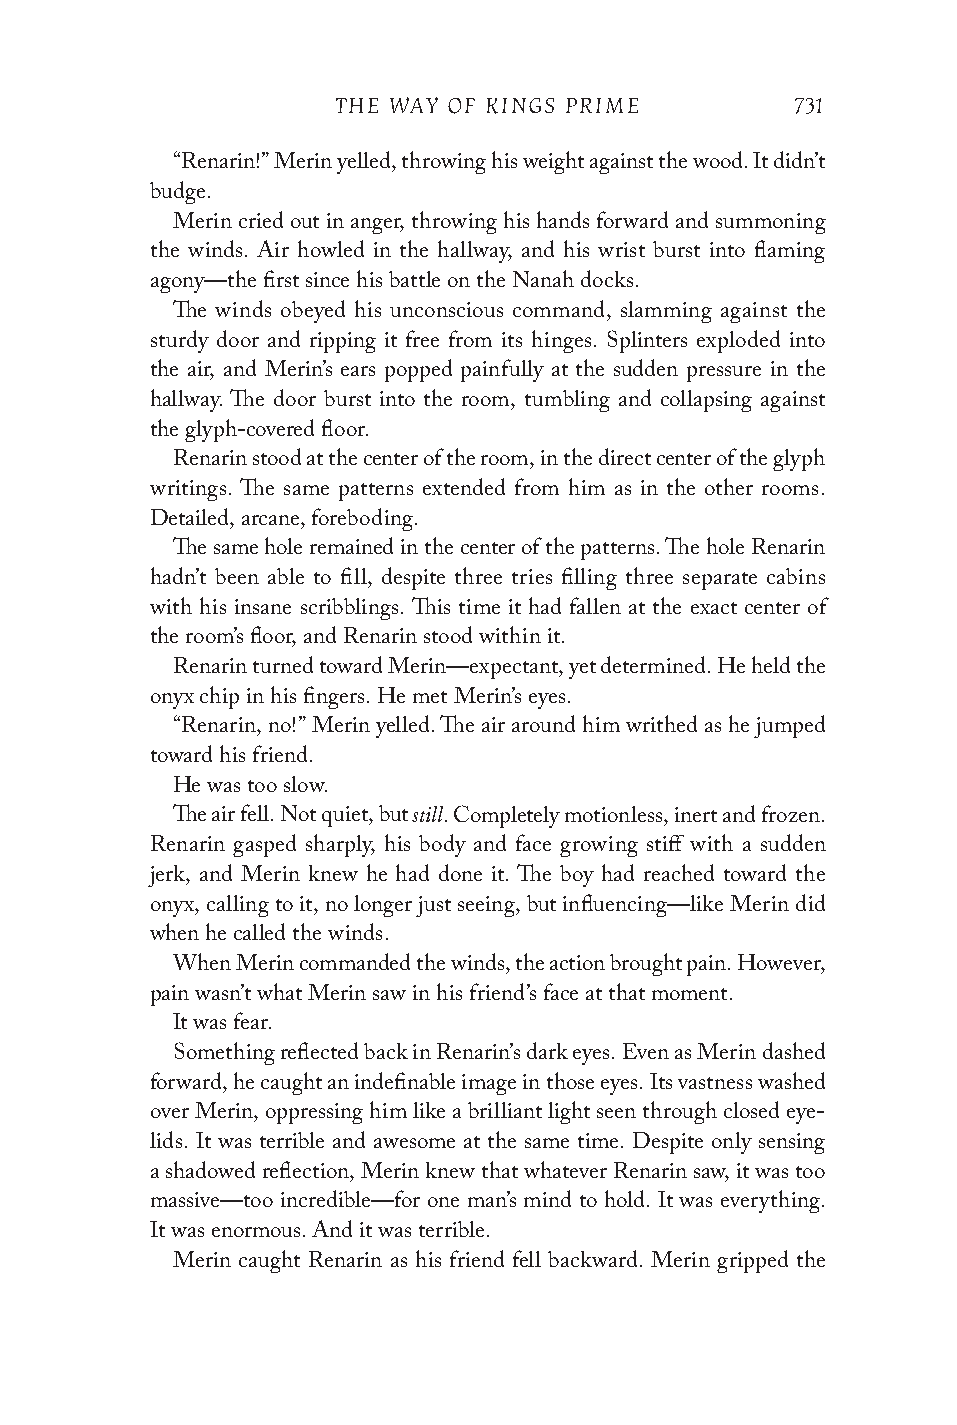
THE WAY OF KINGS PRIME         731
 “Renarin!” Merin yelled, throwing his weight against the wood. It didn’t
 budge.
 Merin cried out in anger, throwing his hands forward and summoning
 the winds. Air howled in the hallway, and his wrist burst into flaming
 agony—the first since his battle on the Nanah docks.
 The winds obeyed his unconscious command, slamming against the
 sturdy door and ripping it free from its hinges. Splinters exploded into
 the air, and Merin’s ears popped painfully at the sudden pressure in the
 hallway. The door burst into the room, tumbling and collapsing against
 the glyph-covered floor.
 Renarin stood at the center of the room, in the direct center of the glyph
 writings. The same patterns extended from him as in the other rooms.
 Detailed, arcane, foreboding.
 The same hole remained in the center of the patterns. The hole Renarin
 hadn’t been able to fill, despite three tries filling three separate cabins
 with his insane scribblings. This time it had fallen at the exact center of
 the room’s floor, and Renarin stood within it.
 Renarin turned toward Merin—expectant, yet determined. He held the
 onyx chip in his fingers. He met Merin’s eyes.
 “Renarin, no!” Merin yelled. The air around him writhed as he jumped
 toward his friend.
 He was too slow.
 still
 The air fell. Not quiet, but . Completely motionless, inert and frozen.
 Renarin gasped sharply, his body and face growing stiff with a sudden
 jerk, and Merin knew he had done it. The boy had reached toward the
 onyx, calling to it, no longer just seeing, but influencing—like Merin did
 when he called the winds.
 When Merin commanded the winds, the action brought pain. However,
 pain wasn’t what Merin saw in his friend’s face at that moment.
 It was fear.
 Something reflected back in Renarin’s dark eyes. Even as Merin dashed
 forward, he caught an indefinable image in those eyes. Its vastness washed
 over Merin, oppressing him like a brilliant light seen through closed eye-
 lids. It was terrible and awesome at the same time. Despite only sensing
 a shadowed reflection, Merin knew that whatever Renarin saw, it was too
 massive—too incredible—for one man’s mind to hold. It was everything.
 It was enormous. And it was terrible.
 Merin caught Renarin as his friend fell backward. Merin gripped the